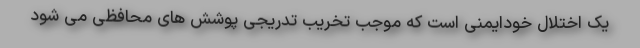
یک اختلال خودایمنی است که موجب تخریب تدریجی پوشش های محافظی می شود